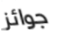
جوائز